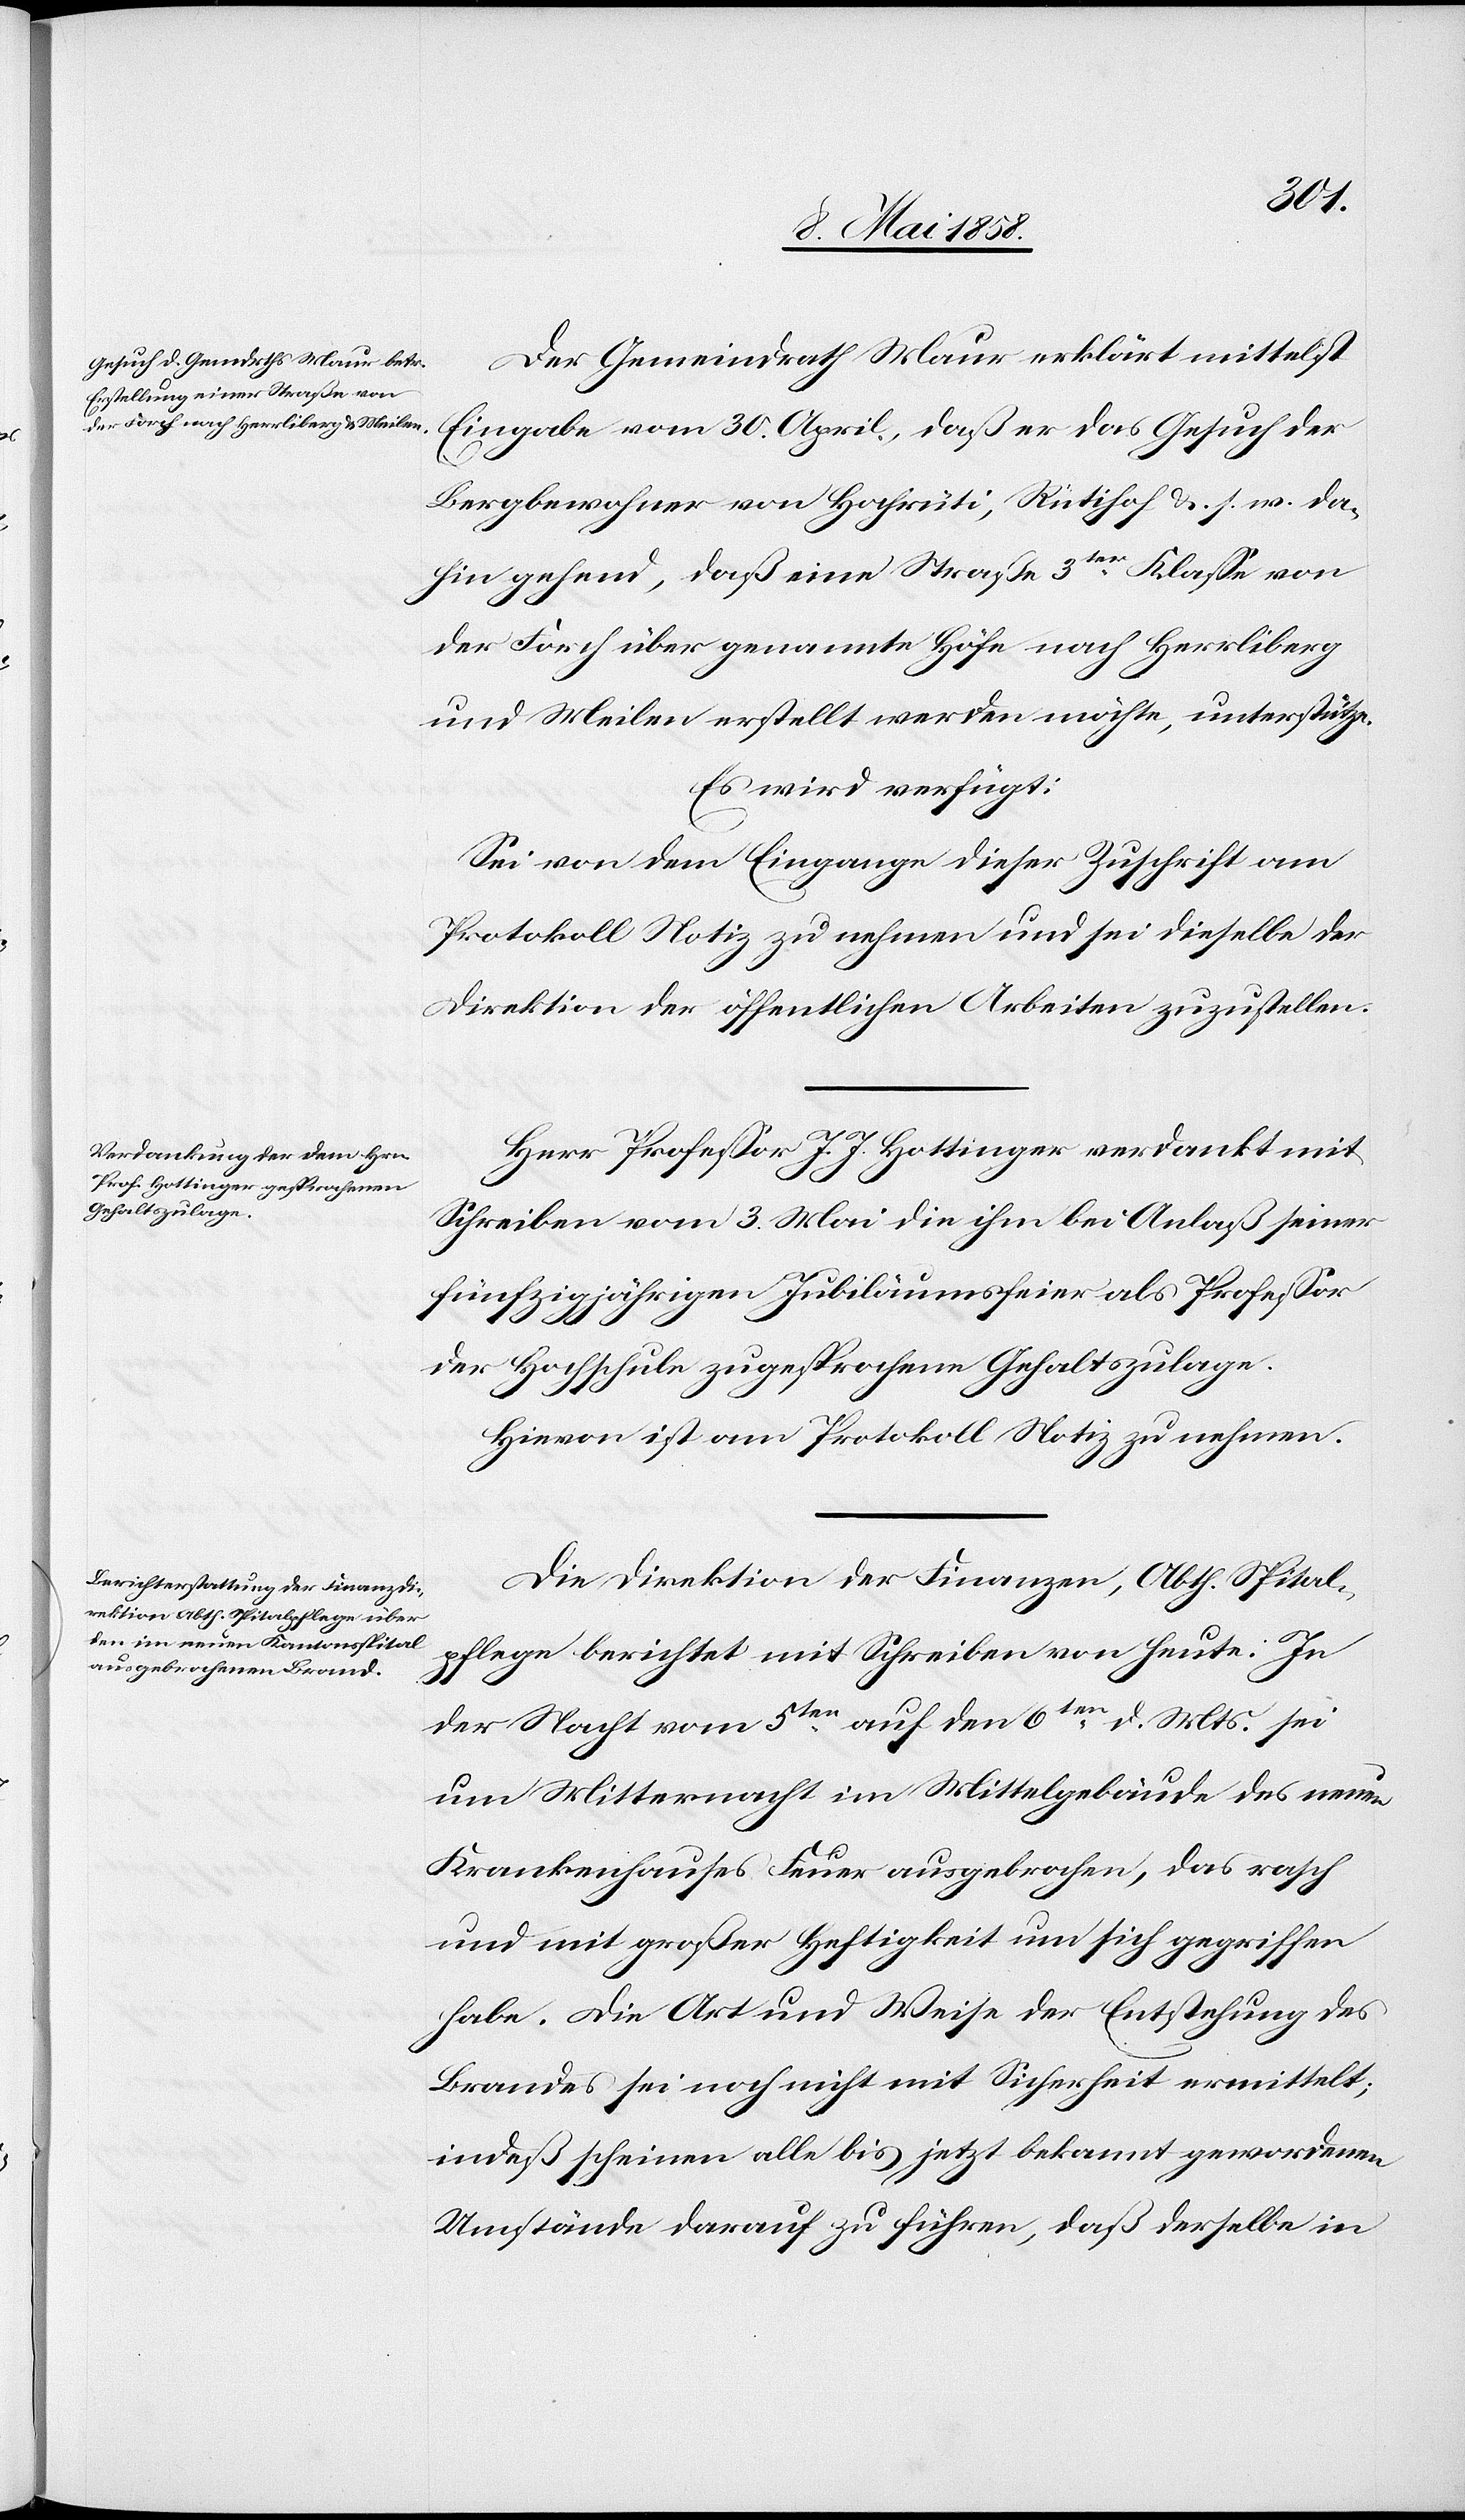
Der Gemeindrath Maur erklärt mittelst
Eingabe vom 30. April, daß er das Gesuch der
Bergbewohner von Hochrüti, Rütihof &. s. w. da¬
hin gehend, daß eine Straße 3ter Klasse von
der Forch über genannte Höfe nach Herrliberg
und Meilen erstellt werden möchte, unterstütze.
Es wird verfügt:
Sei von dem Eingange dieser Zuschrift am
Protokoll Notiz zu nehmen und sei dieselbe der
Direktion der öffentlichen Arbeiten zuzustellen.
Herr Professor J. J. Hottinger verdankt mit
Schreiben vom 3. Mai die ihm bei Anlaß seiner
fünfzigjährigen Jubiläumsfeier als Professor
der Hochschule zugesprochene Gehaltszulage.
Hievon ist am Protokoll Notiz zu nehmen.
Die Direktion der Finanzen, Abth. Spital¬
pflege berichtet mit Schreiben von heute: In
der Nacht vom 5ten auf den 6ten d. Mts. sei
um Mitternacht im Mittelgebäude des neuen
Krankenhauses Feuer ausgebrochen, das rasch
und mit großer Heftigkeit um sich gegriffen
habe. Die Art und Weise der Entstehung des
Brandes sei noch nicht mit Sicherheit ermittelt;
indeß scheinen alle bis jetzt bekannt gewordenen
Umstände darauf zu führen, daß derselbe in